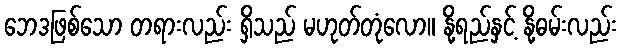
ဘေဒဖြစ်သော တရားလည်း ရှိသည် မဟုတ်တုံလော။ နို့ရည်နှင့် နို့ဓမ်းလည်း